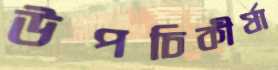
উপচিকীর্ষা